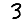
Digit: 3